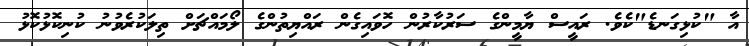
އާ "ކުޅިގަނޑެ"ކެވެ. ރައީސް ޔާމީންގެ ސަރުކާރުން ހޮވައިިގެން ރައްޔިތުންްގެ ލޯމައްޗަށް ތިލަކުރެވުނު ކުނިކޮޅުކޮޅު